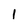
Character: I